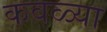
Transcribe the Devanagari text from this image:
कवळ्या